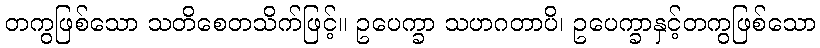
တကွဖြစ်သော သတိစေတသိက်ဖြင့်။ ဥပေက္ခာ သဟဂတာပိ၊ ဥပေက္ခာနှင့်တကွဖြစ်သော